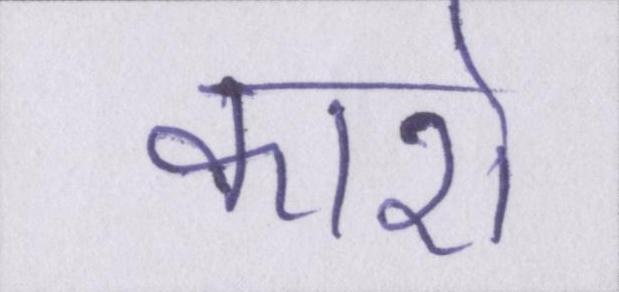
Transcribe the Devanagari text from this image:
कारो